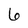
Character: 6